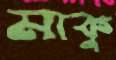
মাকু